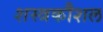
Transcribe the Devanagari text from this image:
शस्त्रकौशल